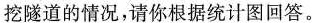
挖隧道的情况，请你根据统计图回答。